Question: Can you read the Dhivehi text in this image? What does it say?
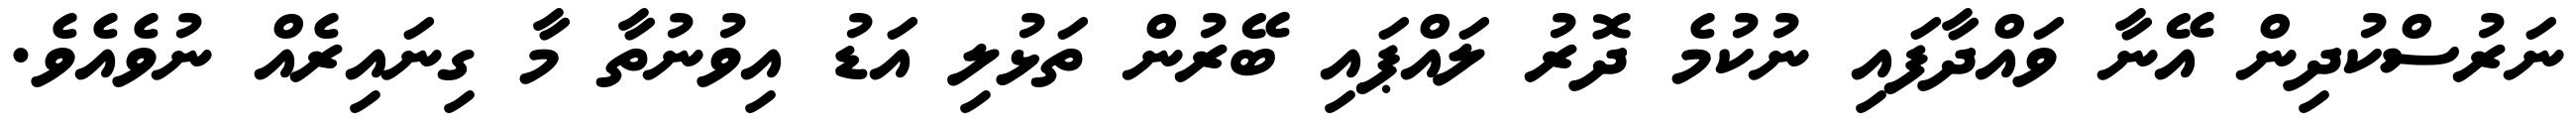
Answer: ނަރުސްކުދިން އޭނާ ވައްދާފައި ނުކުމެ ދޮރު ލައްޕައި ބޭރުން ތަޅުލި އަޑު އިވުނުތާ މާ ގިނައިރެއް ނުވެއެވެ.